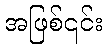
အဖြစ်၎င်း